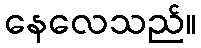
နေလေသည်။